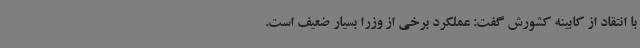
با انتقاد از کابینه کشورش گفت: عملکرد برخی از وزرا بسیار ضعیف است.